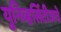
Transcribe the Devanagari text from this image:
युनिव्हर्सिटीजचे